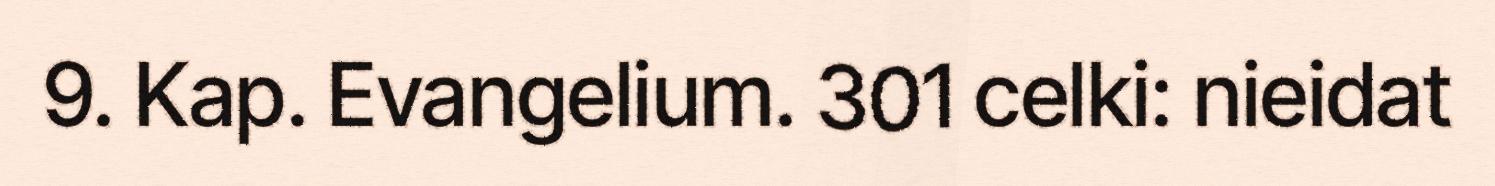
9. Kap. Evangelium. 301 celki: nieidat